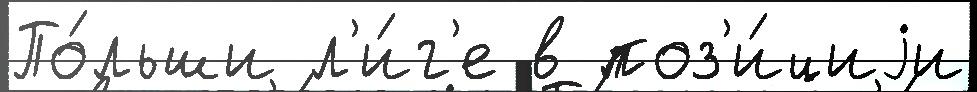
По́льши л'и́г'е в поз'и́циjи